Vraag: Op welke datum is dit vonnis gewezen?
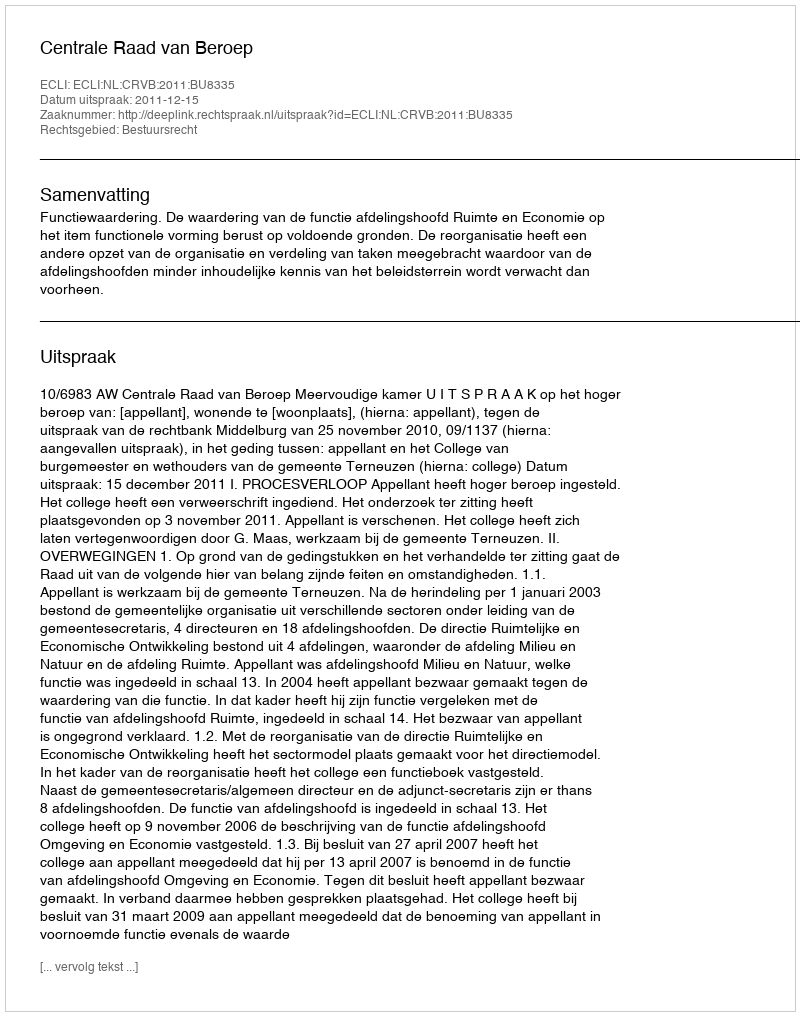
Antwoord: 2011-12-15